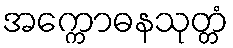
အက္ကောဓနသုတ္တံ